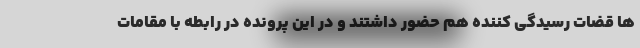
ها قضات رسیدگی کننده هم حضور داشتند و در این پرونده در رابطه با مقامات